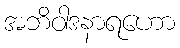
အဘိဝါဒနာရဟော